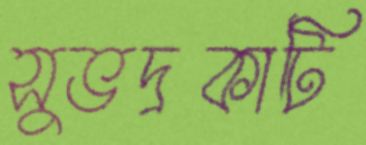
সুভদ্রকাটি